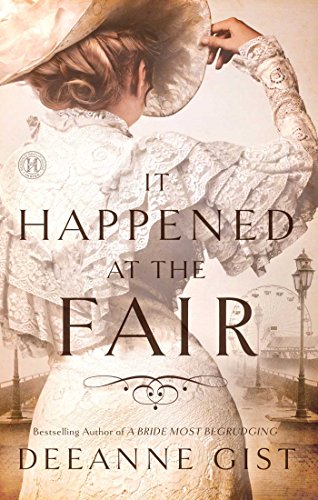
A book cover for It Happened at the Fair: A Novel; Deeanne Gist; Romance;